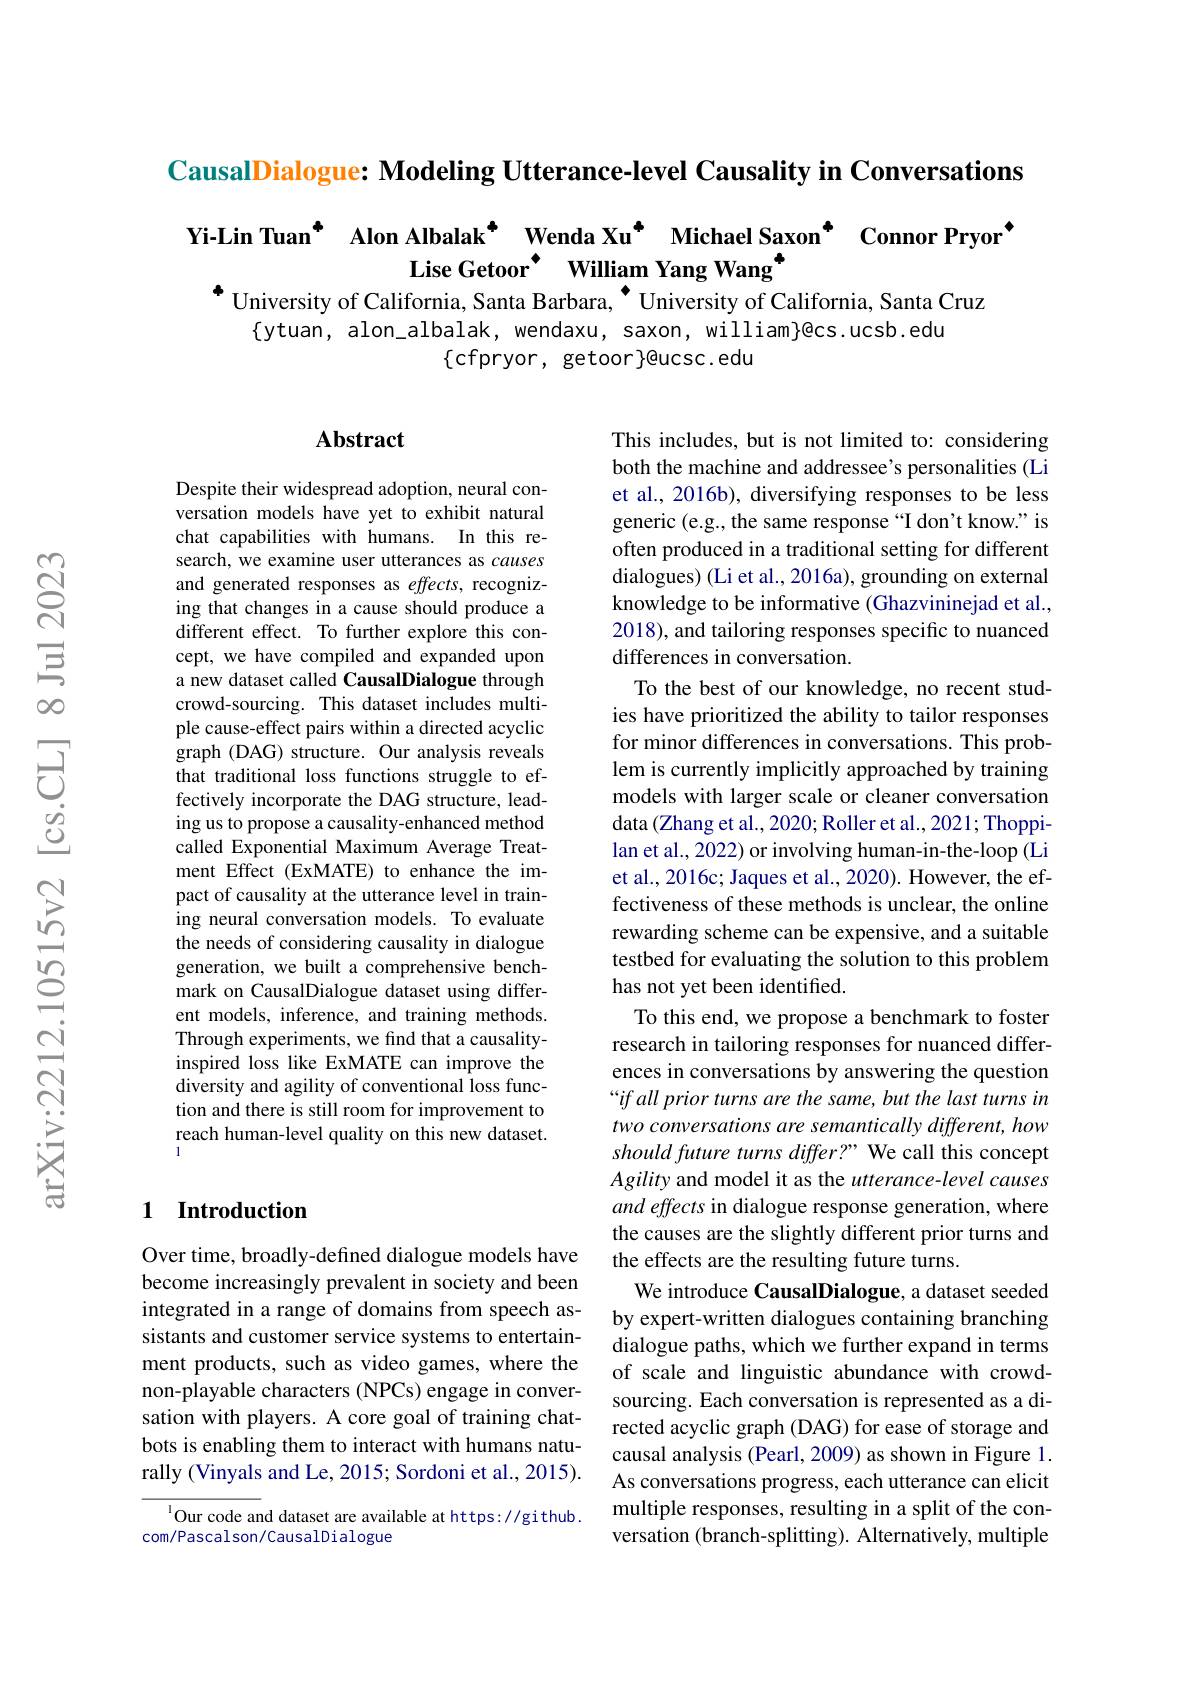
CausalDialogue: Modeling Utterance-level Causality in Conversations

$\begin{aligned}\text{Yi-Lin Tuan}^{\bullet}\:&\text{Alon Albalak* Wenda Xu}^{\bullet}\:&\text{Michael Saxon}^{\bullet}\:&\text{Connor Pryor}^{\bullet}\\&\:&\text{Lise Getoor}^{\bullet}\:&\text{William Yang Wang}^{\bullet}\\^{\bullet}\:&\text{Universitv of California.Santa Barbara.}^{\bullet}\:&\text{Universitv of California. Santa Cruz}\end{aligned}$

$\{$ytuan, alon\_albalak, wendaxu, saxon, william}@cs.ucsb.edu
$\{$cfpryor, getoor$\}$@ucsc.edu

## $\mathbf{Abstract}$

Despite their widespread adoption, neural conversation models have yet to exhibit natural chat capabilities with humans. In this research, we examine user utterances as causes and generated responses as effects, recognizing that changes in a cause should produce a different effect. To further explore this concept, we have compiled and expanded upon a new dataset called CausalDialogue through crowd-sourcing. This dataset includes multiple cause-effect pairs within a directed acyclic graph (DAG) structure. Our analysis reveals that traditional loss functions struggle to effectively incorporate the DAG structure, leading us to propose a causality-enhanced method called Exponential Maximum Average Treatment Effect (ExMATE) to enhance the impact of causality at the utterance level in training neural conversation models. To evaluate the needs of considering causality in dialogue generation, we built a comprehensive benchmark on CausalDialogue dataset using different models, inference, and training methods. Through experiments, we find that a causalityinspired loss like ExMATE can improve the diversity and agility of conventional loss function and there is still room for improvement to reach human-level quality on this new dataset.

This includes, but is not limited to: considering both the machine and addressee's personalities (Li et al., 2016b), diversifying responses to be less generic (e.g., the same response“I don't know." is often produced in a traditional setting for different dialogues) (Li et al., 2016a), grounding on external knowledge to be informative (Ghazvininejad et al., 2018), and tailoring responses specific to nuanced differences in conversation.
To the best of our knowledge, no recent studies have prioritized the ability to tailor responses for minor differences in conversations. This problem is currently implicitly approached by training models with larger scale or cleaner conversation data (Zhang et al., 2020; Roller et al., 2021; Thoppilan et al., 2022) or involving human-in-the-loop (Li et al., 2016c; Jaques et al., 2020). However, the effectiveness of these methods is unclear, the online rewarding scheme can be expensive, and a suitable testbed for evaluating the solution to this problem has not yet been identified.
To this end, we propose a benchmark to foster research in tailoring responses for nuanced differences in conversations by answering the question “if all prior turns are the same, but the last turns in two conversations are semantically different, how should future turns differ?" We call this concept Agility and model it as the utterance-level causes and effects in dialogue response generation, where the causes are the slightly different prior turns and the effects are the resulting future turns.
We introduce CausalDialogue, a dataset seeded by expert-written dialogues containing branching dialogue paths, which we further expand in terms of scale and linguistic abundance with crowdsourcing. Each conversation is represented as a directed acyclic graph (DAG) for ease of storage and causal analysis (Pearl, 2009) as shown in Figure 1. As conversations progress, each utterance can elicit multiple responses, resulting in a split of the conversation (branch-splitting). Alternatively, multiple

### 1 Introduction

Over time, broadly-defined dialogue models have become increasingly prevalent in society and been integrated in a range of domains from speech assistants and customer service systems to entertainment products, such as video games, where the non-playable characters (NPCs) engage in conversation with players. A core goal of training chatbots is enabling them to interact with humans naturally (Vinyals and Le, 2015; Sordoni et al., 2015).

$^{1}$Our code and dataset are available at https://github.
com/Pascalson/CausalDialogue